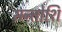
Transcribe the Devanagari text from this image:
सन्तोशि